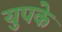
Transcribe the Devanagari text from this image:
युपके